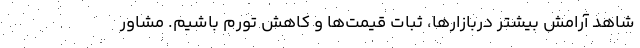
شاهد آرامش بیشتر دربازارها، ثبات قیمت‌ها و کاهش تورم باشیم. مشاور